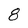
Character: 8